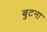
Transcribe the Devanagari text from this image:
बुटना